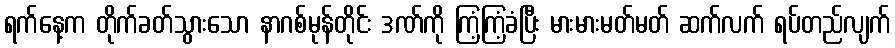
ရက်နေ့က တိုက်ခတ်သွားသော နာဂစ်မုန်တိုင်း ဒဏ်ကို ကြံ့ကြံ့ခံပြီး မားမားမတ်မတ် ဆက်လက် ရပ်တည်လျက်